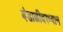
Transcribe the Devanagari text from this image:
बंडाळीदरम्यान